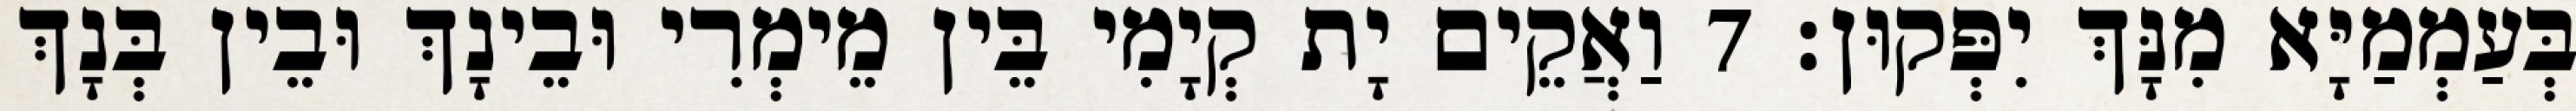
בְּעַמְמַיָּא מִנָּךְ יִפְּקוּן׃ 7 וַאֲקֵים יָת קְיָמִי בֵּין מֵימְרִי וּבֵינָךְ וּבֵין בְּנָךְ